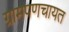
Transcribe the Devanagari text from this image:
ग्रामपणचायत